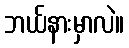
ဘယ်နားမှာလဲ။